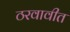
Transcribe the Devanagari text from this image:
ठरवावीत